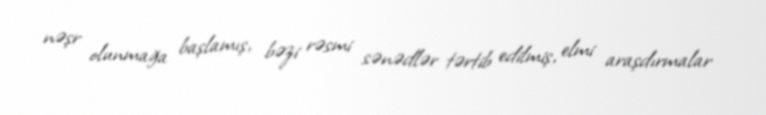
nəşr olunmağa başlamış, bəzi rəsmi sənədlər tərtib edilmiş, elmi araşdırmalar